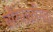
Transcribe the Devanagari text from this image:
चौरेचाळीसवा